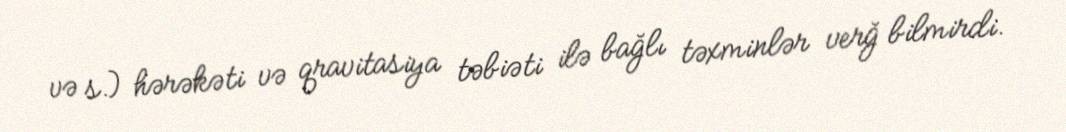
və s.) hərəkəti və qravitasiya təbiəti ilə bağlı təxminlər verğ bilmirdi.